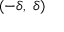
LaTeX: ( - \delta , \; \delta )